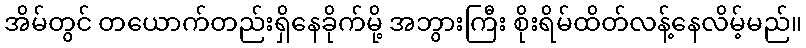
အိမ်တွင် တယောက်တည်းရှိနေခိုက်မို့ အဘွားကြီး စိုးရိမ်ထိတ်လန့်နေလိမ့်မည်။